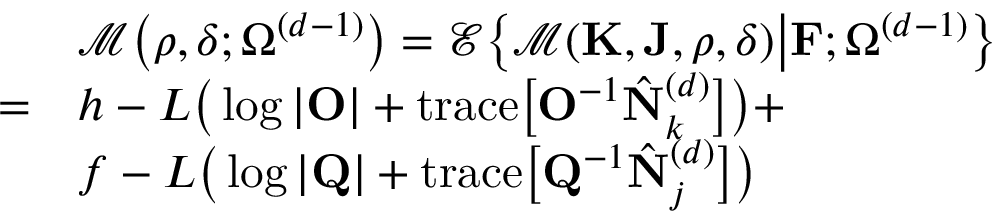
\begin{array} { r l } & { \mathcal { M } \big ( \boldsymbol { \rho } , \boldsymbol { \delta } ; \boldsymbol { \Omega } ^ { ( d - 1 ) } \big ) = \mathcal { E } \big \{ \mathcal { M } ( \mathbf { K } , \mathbf { J } , \boldsymbol { \rho } , \boldsymbol { \delta } ) \big | \mathbf { F } ; \boldsymbol { \Omega } ^ { ( d - 1 ) } \big \} } \\ { = } & { h - L \big ( \log \vert \mathbf { O } \vert + \mathrm { t r a c e } \big [ \mathbf { O } ^ { - 1 } \hat { \mathbf { N } } _ { k } ^ { ( d ) } \big ] \big ) + } \\ & { f - L \big ( \log \vert \mathbf { Q } \vert + \mathrm { t r a c e } \big [ \mathbf { Q } ^ { - 1 } \hat { \mathbf { N } } _ { j } ^ { ( d ) } \big ] \big ) } \end{array}